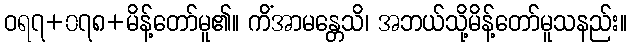
ဝရ၇+၀၇၈+မိန့်တော်မူ၏။ ကိံအာမန္တေသိ၊ အဘယ်သို့မိန့်တော်မူသနည်း။